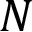
N